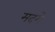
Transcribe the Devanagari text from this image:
मदगे